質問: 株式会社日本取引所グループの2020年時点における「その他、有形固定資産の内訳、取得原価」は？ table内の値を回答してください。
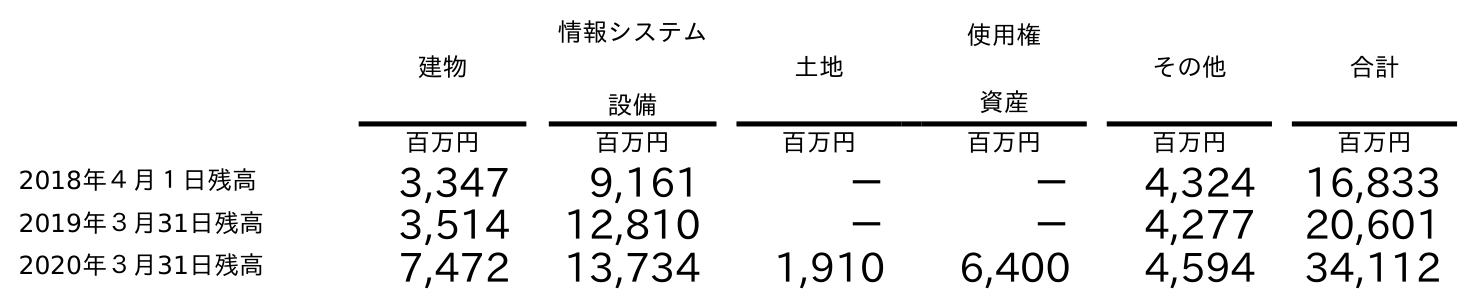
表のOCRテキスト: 建物 情報システム 設備 土地 使用権 資産 その他 合計 百万円 百万円 百万円 百万円 百万円 百万円 2018年４月１日残高 3,347 9,161 － － 4,324 16,833 2019年３月31日残高 3,514 12,810 － － 4,277 20,601 2020年３月31日残高 7,472 13,734 1,910 6,400 4,594 34,112
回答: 4,594